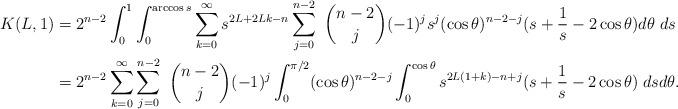
LaTeX: \begin{align*} K(L,1)&=2^{n-2}\int_0^1\int_0^{\arccos s} \sum_{k=0}^\infty s^{2L+2Lk-n} \sum_{j=0}^{n-2} \ \binom{n-2}{j} (-1)^j s^j (\cos\theta)^{n-2-j} (s+\frac 1s-2\cos\theta)d\theta\; ds\\ &= 2^{n-2} \sum_{k=0}^\infty \sum_{j=0}^{n-2} \ \binom{n-2}{j} (-1)^j\int_0^{\pi/2} (\cos\theta)^{n-2-j}\int_0^{\cos\theta} s^{2L(1+k)-n+j}(s+\frac 1s-2\cos\theta)\; dsd\theta.\end{align*}